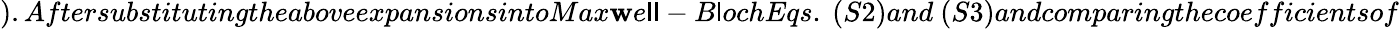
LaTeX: ).AftersubstitutingtheaboveexpansionsintoMax\mathbf{w}e\mathsf{l}\mathsf{l}-B\mathsf{l}ochEqs.~(S2)and~(S3)andcomparingthecoefficientsof